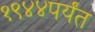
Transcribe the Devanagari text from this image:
१९४४पर्यंत